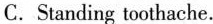
C.Standing toothache.